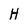
Character: H